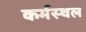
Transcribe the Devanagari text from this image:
कर्मस्थल